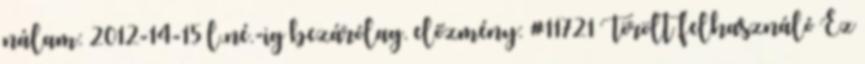
nálam: 2012-14-15 l.né.-ig bezárólag. előzmény: #11721 Törölt felhasználó Ez